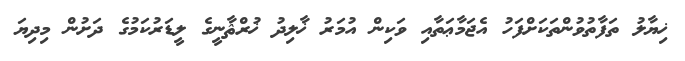
ޚިޔާލު ތަފާތުވުންތަކަށްފަހު އެޖަމާޢަތާއި ވަކިން އުމަރު ޚާލިދު ޚުރްޘާނީގެ ލީޑަރުކަމުގެ ދަށުން މިދިޔަ